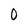
Character: 0